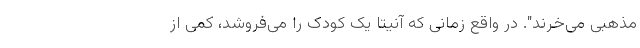
مذهبی می‌خرند". در واقع زمانی که آنیتا یک کودک را می‌فروشد، کمی از